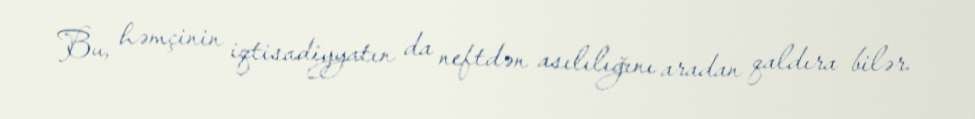
Bu, həmçinin iqtisadiyyatın da neftdən asılılığını aradan qaldıra bilər.